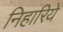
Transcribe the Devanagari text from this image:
निहारिये